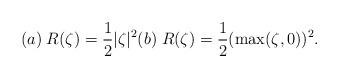
LaTeX: \begin{align*}(a) \; R(\zeta)=\frac{1}{2}|\zeta|^2 (b) \; R(\zeta)=\frac{1}{2}(\max(\zeta,0))^2. \end{align*}